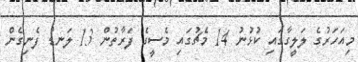
މިއަހަރުގެ ލަލީގާގައި ކުޅުނު 14 މެޗުގައި މެސީގެ ފަރާތުން 13 ލަނޑު ފެނިގެން